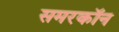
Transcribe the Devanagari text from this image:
समरकॉन